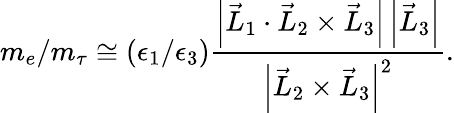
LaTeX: m_{e}/m_{\tau}\cong(\epsilon_{1}/\epsilon_{3})\frac{\left|\vec{L}_{1}\cdot\vec{L}_{2}\times\vec{L}_{3}\right|\left|\vec{L}_{3}\right|}{\left|\vec{L}_{2}\times\vec{L}_{3}\right|^{2}}.